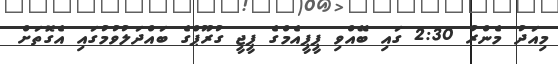
މިއަދު މެންރު 2:30 ގައި ބޭއްވި ޕީޕީއެމްގެ ޕީޖީ ގުރޫޕްގެ ބައްދަލުވުމުގައި އެގޮތަށް